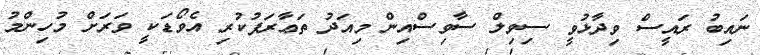
ނައިބު ރައީސް ވިދާޅުވީ ސިވިލް ސާވިސްއިން މިއަދު ތަޢާރަފުކުރި އެވޯޑަކީ ވަރަށް މުހިންމު